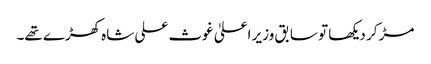
مڑ کر دیکھا تو سابق وزیر اعلیٰ غوث علی شاہ کھڑے تھے۔